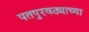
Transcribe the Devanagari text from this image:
पतपुरवठ्याच्या